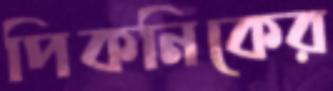
পিকনিকের